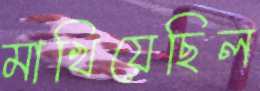
মাখিয়েছিল